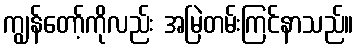
ကျွန်တော့်ကိုလည်း အမြဲတမ်းကြင်နာသည်။